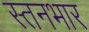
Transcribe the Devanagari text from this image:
स्तनभार